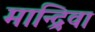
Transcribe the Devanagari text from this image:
मान्द्रिवा